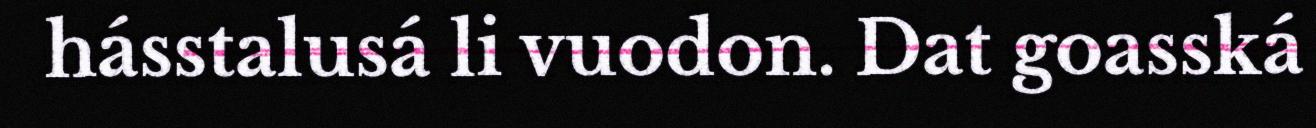
hásstalusá li vuodon. Dat goasská